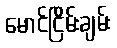
မောင်ငြိမ်းချမ်း